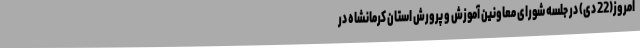
امروز(22 دی) در جلسه شورای معاونین آموزش و پرورش استان کرمانشاه در